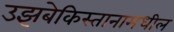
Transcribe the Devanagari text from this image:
उझबेकिस्तानामधील